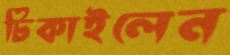
ঢিকাইলেন